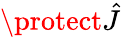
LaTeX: \protect\hat{J}